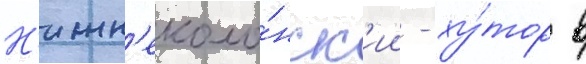
Н'ижн'еколо́нск'ии - ху́тор в